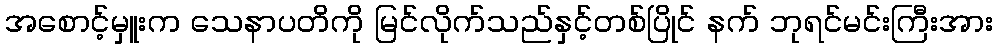
အစောင့်မှူးက သေနာပတိကို မြင်လိုက်သည်နှင့်တစ်ပြိုင် နက် ဘုရင်မင်းကြီးအား